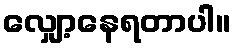
လျှော့နေရတာပါ။